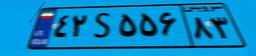
۱۸S۷۳۱۱۶